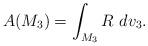
LaTeX: \begin{align*}A(M_{3})= \int_{M_3}R~ dv_3 . \end{align*}